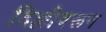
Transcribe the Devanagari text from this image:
दिल्लीवरून